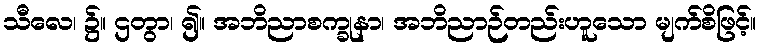
သီလေ၊ ၌။ ဌတွာ၊ ၍။ အဘိညာစက္ခုနာ၊ အဘိညာဉ်တည်းဟူသော မျက်စိဖြင့်။